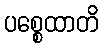
ပစ္စေထာတိ